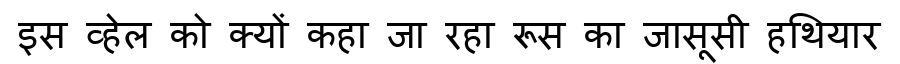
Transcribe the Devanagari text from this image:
इस व्हेल को क्यों कहा जा रहा रूस का जासूसी हथियार